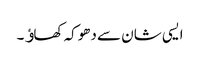
ایسی شان سے دھوکہ کھاﺅ۔